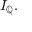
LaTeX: I _ { \mathbb { Q } } .